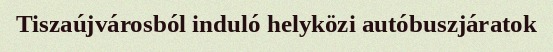
Tiszaújvárosból induló helyközi autóbuszjáratok